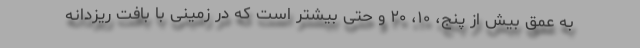
به عمق بیش از پنج، ۱۰، ۲۰ و حتی بیشتر است که در زمینی با بافت ریزدانه